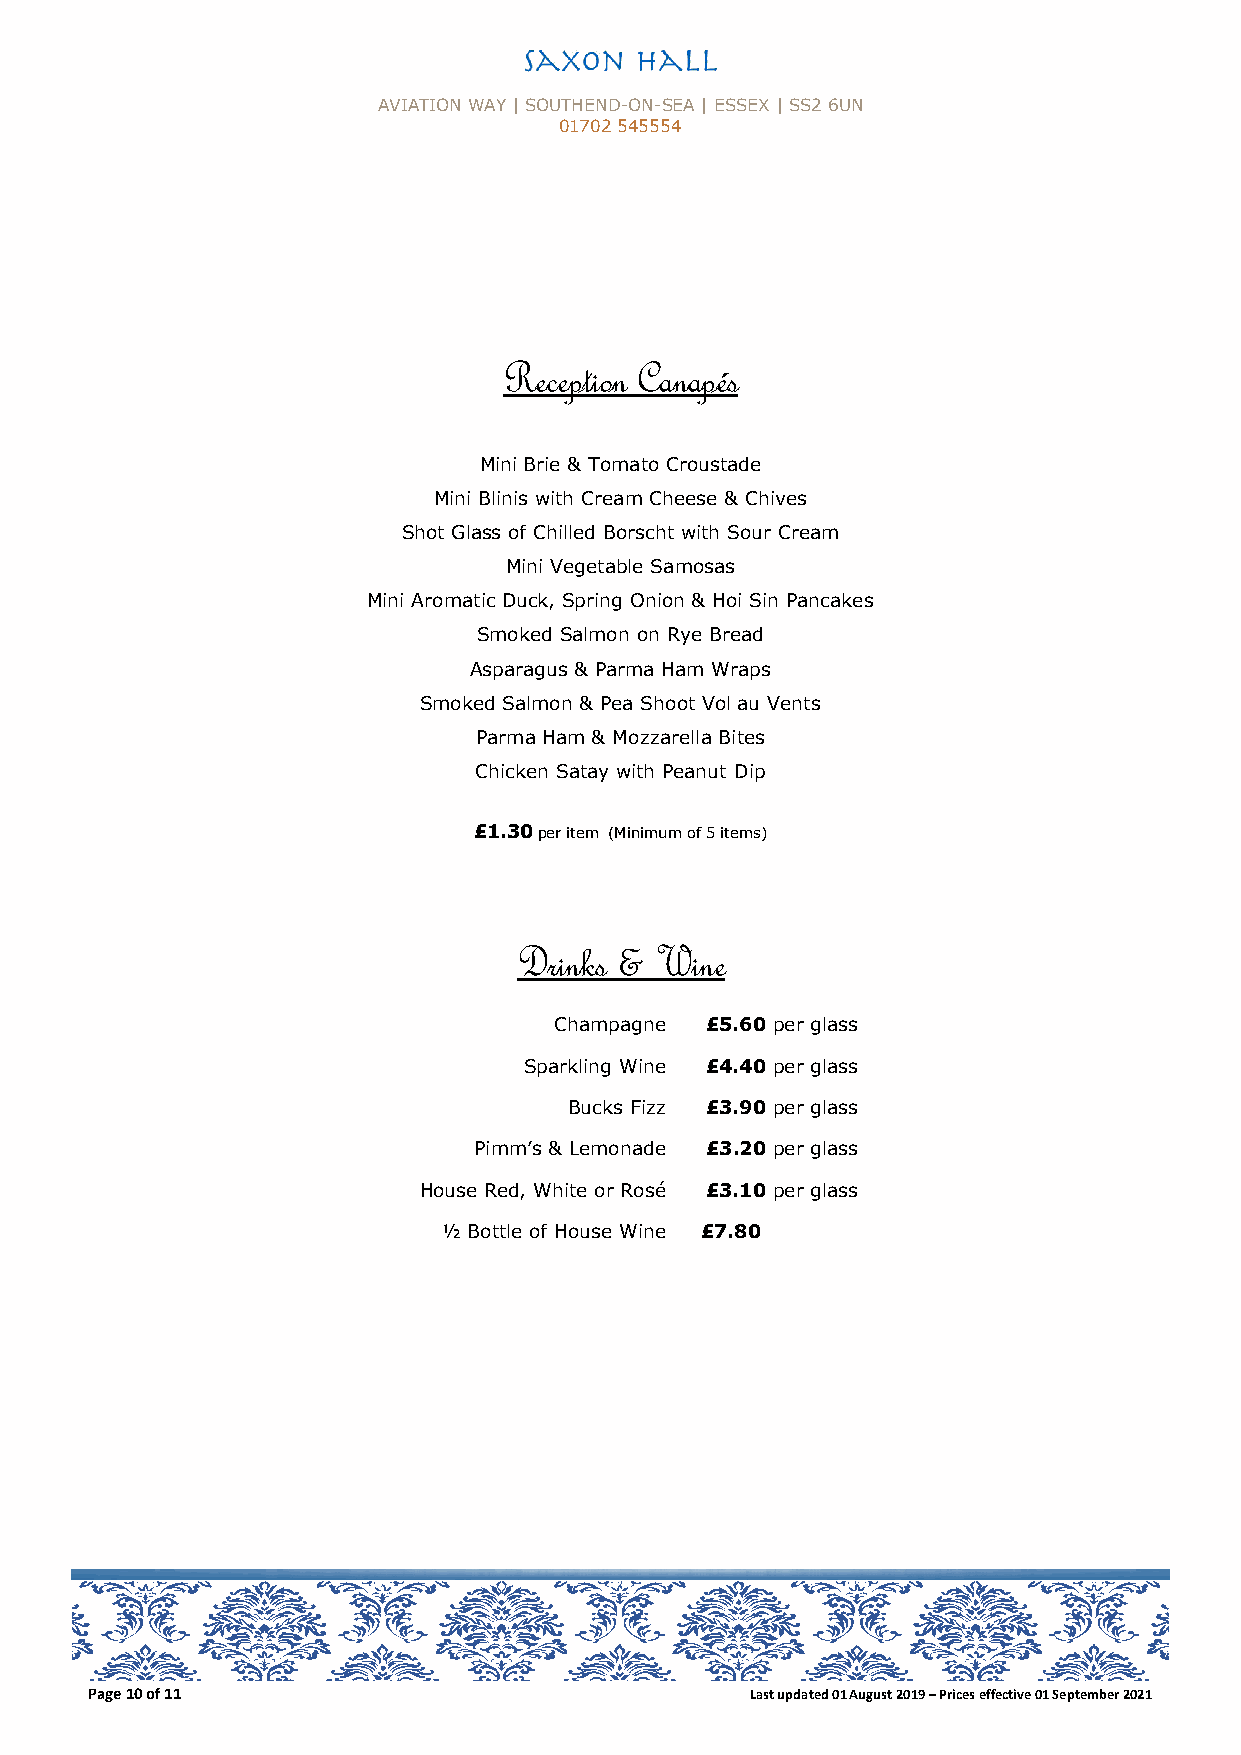
AVIATION WAY | SOUTHEND-ON-SEA | ESSEX | SS2 6UN
 01702 545554
 Reception Canapés
 Mini Brie & Tomato Croustade
 Mini Blinis with Cream Cheese & Chives
 Shot Glass of Chilled Borscht with Sour Cream
 Mini Vegetable Samosas
 Mini Aromatic Duck, Spring Onion & Hoi Sin Pancakes
 Smoked Salmon on Rye Bread
 Asparagus & Parma Ham Wraps
 Smoked Salmon & Pea Shoot Vol au Vents
 Parma Ham & Mozzarella Bites
 Chicken Satay with Peanut Dip
 £1.30 per item (Minimum of 5 items)
 Drinks & Wine
 Champagne £5.60 per glass
 Sparkling Wine £4.40 per glass
 Bucks Fizz £3.90 per glass
 Pimm’s & Lemonade £3.20 per glass
 House Red, White or Rosé £3.10 per glass
 ½ Bottle of House Wine £7.80
 Page 10 of 11                               Last updated 01 August 2019 – Prices effective 01 September 2021